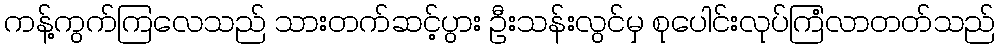
ကန့်ကွက်ကြလေသည် သားတက်ဆင့်ပွား ဦးသန်းလွင်မှ စုပေါင်းလုပ်ကြံလာတတ်သည်